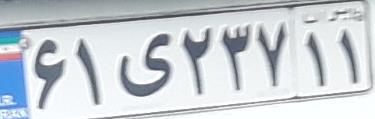
۶۱ی۲۳۷۱۱